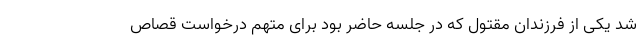
شد یکی از فرزندان مقتول که در جلسه حاضر بود برای متهم درخواست قصاص